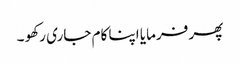
پھر فرمایا اپنا کام جاری رکھو ۔